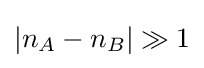
{\textstyle |n_{A}-n_{B}|\gg 1}